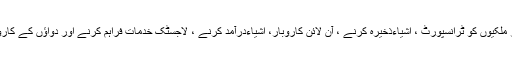
نئے قانون کے بموجب غیر ملکیوں کو ٹرانسپورٹ ، اشیاءذخیرہ کرنے ، آن لائن کاروبار، اشیاءدرآمد کرنے ، لاجسٹک خدمات فراہم کرنے اور دواﺅں کے کاروبار کا موقع بھی مہیا ہوگا۔